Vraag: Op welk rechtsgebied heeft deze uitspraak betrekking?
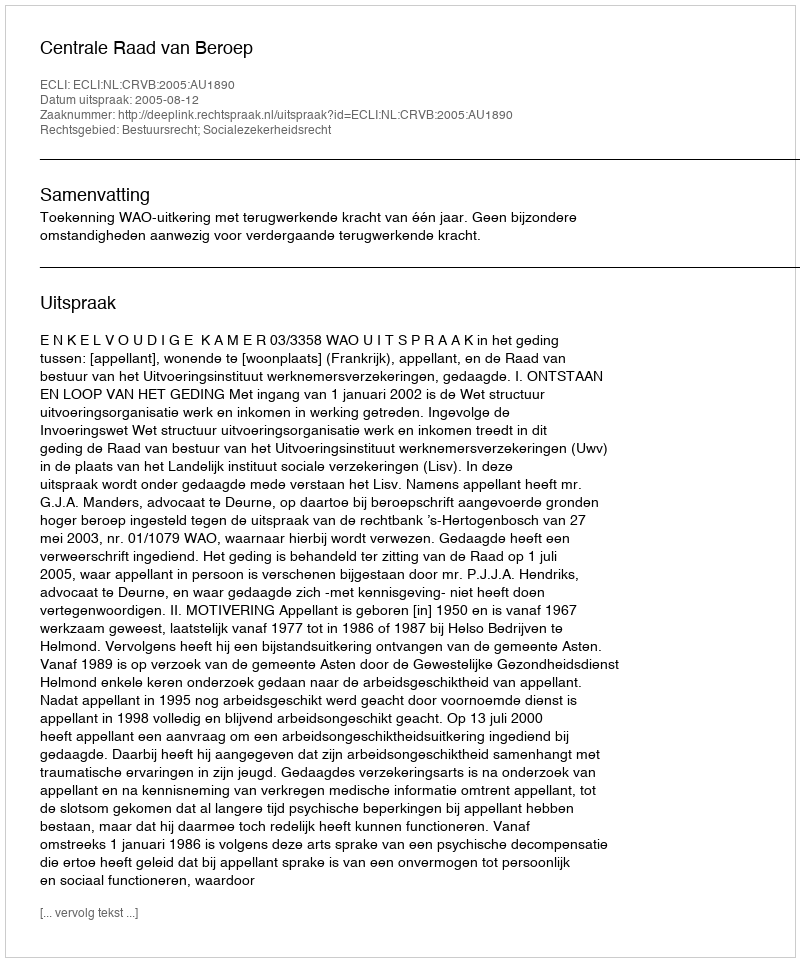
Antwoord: Bestuursrecht; Socialezekerheidsrecht